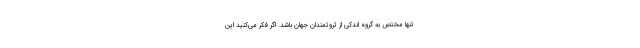
تنها مختص به گروه اندکی از ثروتمندان جهان باشد. اگر فکر می‌کنید این